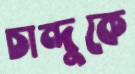
চান্দুকে